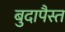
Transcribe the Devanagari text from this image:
बुदापैस्त